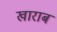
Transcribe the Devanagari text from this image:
खाराब